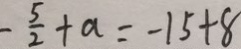
- \frac { 5 } { 2 } + a = - 1 5 + 8